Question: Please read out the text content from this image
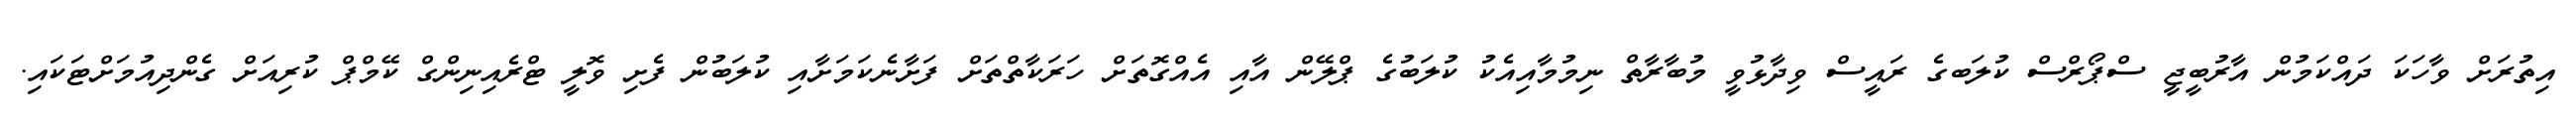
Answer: އިތުރަށް ވާހަކަ ދައްކަމުން އާރުބީޖީ ސްޕޯރްސް ކުލަބގެ ރައީސް ވިދާޅުވީ މުބާރާތް ނިމުމާއިއެކު ކުލަބުގެ ޕްލޭން އާއި އެއްގޮތަށް ހަރަކާތްތަށް ފަށާނެކަމަށާއި ކުލަބުން ފެށި ވޮލީ ޓްރެއިނިންގް ކޭމްޕް ކުރިއަށް ގެންދިއުމަށްޓަކައި.